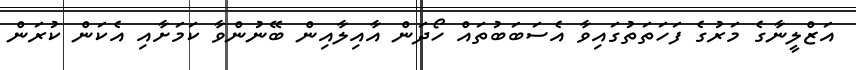
އަޒްލީނާގެ މަރުގެ ފަހަތަތުގައިވާ އެސަބަބުތައް ހޯދަން އާއިލާއިން ބޭނުންވާ ކަމަށާއި އެކަން ކުރަން